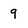
Character: 9